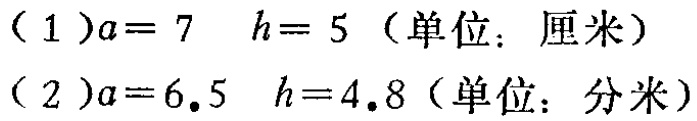
（1）\(a = 7\)  \(h = 5\)（单位：厘米）

（2）\(a = 6.5\)  \(h = 4.8\)（单位：分米）